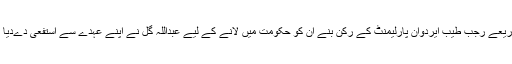
9 مارچ کو ایک ضمنی انتخابات کے ذریعے رجب طیب ایردوان پارلیمنٹ کے رکن بنے ان کو حکومت میں لانے کے لیے عبداللہ گل نے اپنے عہدے سے استفعیٰ دےدیا اور ان کو وزیر خارجہ کا عہدہ دیا گیا ۔